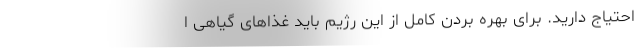
احتیاج دارید. برای بهره بردن کامل از این رژیم باید غذاهای گیاهی ا